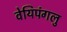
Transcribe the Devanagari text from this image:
वेयिपंगलु